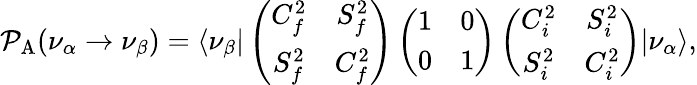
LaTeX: {\cal P}_{\mathrm{A}}(\nu_{\alpha}\rightarrow\nu_{\beta})=\langle\nu_{\beta}|\left(\begin{array}{cc}{{C_{f}^{2}}}&{{S_{f}^{2}}}\\ {{S_{f}^{2}}}&{{C_{f}^{2}}}\end{array}\right)\left(\begin{array}{cc}{{1}}&{{0}}\\ {{0}}&{{1}}\end{array}\right)\left(\begin{array}{cc}{{C_{i}^{2}}}&{{S_{i}^{2}}}\\ {{S_{i}^{2}}}&{{C_{i}^{2}}}\end{array}\right)|\nu_{\alpha}\rangle,